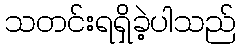
သတင်းရရှိခဲ့ပါသည်